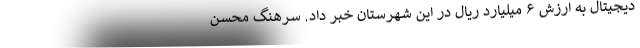
دیجیتال به ارزش ۶ میلیارد ریال در این شهرستان خبر داد. سرهنگ محسن